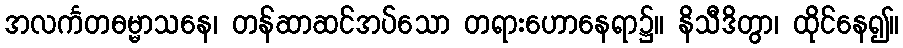
အလင်္ကတဓမ္မာသနေ၊ တန်ဆာဆင်အပ်သော တရားဟောနေရာ၌။ နိသီဒိတွာ၊ ထိုင်နေ၍။